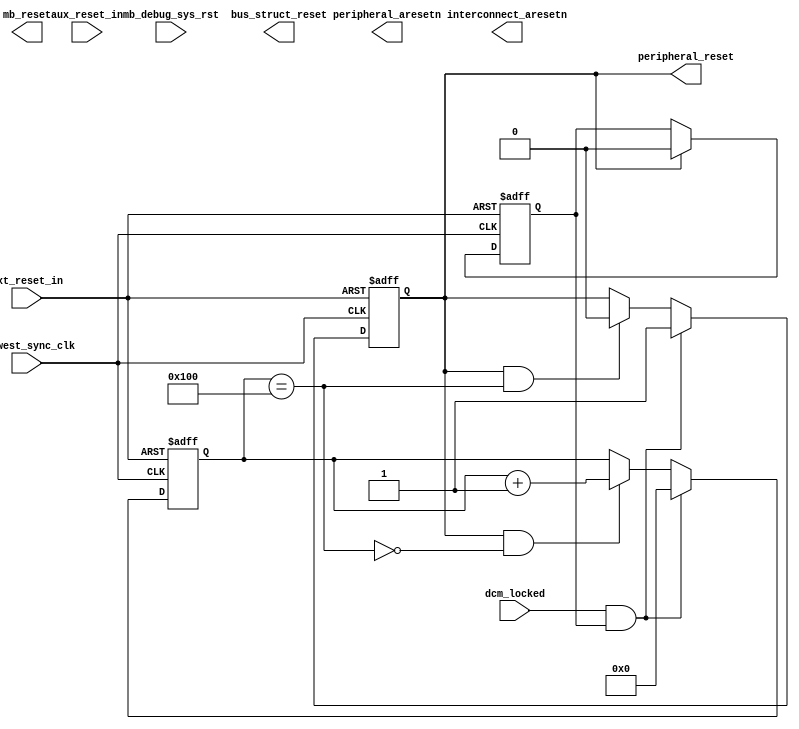
module reset_sys (
    input slowest_sync_clk,
    input ext_reset_in,
    input aux_reset_in,//Not used
    input mb_debug_sys_rst,//Not used
    input dcm_locked,
    output mb_reset,// Not used
    output bus_struct_reset,// Not used
    output peripheral_reset,
    output interconnect_aresetn,// Not used
    output peripheral_aresetn// Not used
);

wire clk = slowest_sync_clk;
wire rst_n = ext_reset_in;

reg record_rst_r;
// When the peripheral_reset is really asserted, then we can clear the record rst
wire record_rst_clr = peripheral_reset;

always @(posedge clk or negedge rst_n) begin
    if(!rst_n) begin
       record_rst_r <= 1'b1;
    end
    else if (record_rst_clr) begin
       record_rst_r <= 1'b0;
    end
end

reg gen_rst_r;
// When the locked and the record_rst is there, then we assert the gen_rst
wire gen_rst_set = dcm_locked & record_rst_r;
// When the gen_rst asserted with max cycles, then we de-assert it
wire gen_rst_cnt_is_max;
wire gen_rst_clr = gen_rst_r & gen_rst_cnt_is_max;

always @(posedge clk or negedge rst_n) begin
    if(!rst_n) begin
       gen_rst_r <= 1'b0;
    end
    else if (gen_rst_set) begin
       gen_rst_r <= 1'b1;
    end
    else if (gen_rst_clr) begin
       gen_rst_r <= 1'b0;
    end
end

assign peripheral_reset = gen_rst_r;


reg[9:0] gen_rst_cnt_r;
// When the gen_rst is asserted, it need to be clear
wire gen_rst_cnt_clr = gen_rst_set;
// When the gen_rst is asserted, and the counter is not reach the max value
wire gen_rst_cnt_inc = gen_rst_r & (~gen_rst_cnt_is_max);

always @(posedge clk or negedge rst_n) begin
    if(!rst_n) begin
       gen_rst_cnt_r <= 10'b0;
    end
    else if (gen_rst_cnt_clr) begin
       gen_rst_cnt_r <= 10'b0;
    end
    else if (gen_rst_cnt_inc) begin
       gen_rst_cnt_r <= gen_rst_cnt_r + 1'b1;
    end
end

assign gen_rst_cnt_is_max = (gen_rst_cnt_r == 10'd256);

endmodule